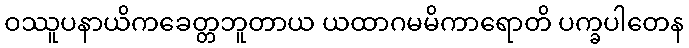
ဝဿူပနာယိကခေတ္တဘူတာယ ယထာဂမမိကာရောတိ ပက္ခပါတေန